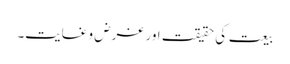
بیعت کی حقیقت اور غرض و غایت۔